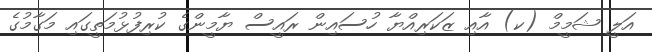
އަލީ ޝަމީމް (ކ) އާއި ޒަކަރިއްޔާ ހުސައިން ރައީސް ޔާމީންގެ ކުރިފުޅުމަތީގައި މަގާމުގެ